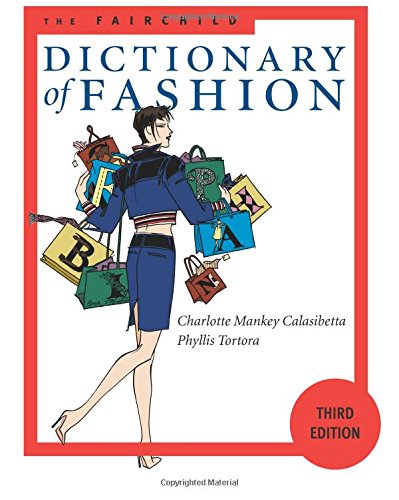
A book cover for The Fairchild Dictionary of Fashion (3rd Edition); Charlotte Mankey Calasibetta; Business & Money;